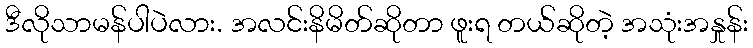
ဒီလိုသာမန်ပါပဲလား. အလင်းနိမိတ်ဆိုတာ ဖူးရ တယ်ဆိုတဲ့ အသုံးအနှုန်း